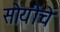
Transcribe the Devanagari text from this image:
सोयींचे